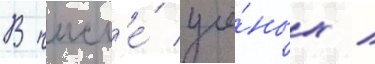
В числ'е́ учё́ных /